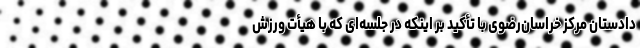
دادستان مرکز خراسان‌رضوی با تأکید بر اینکه در جلسه‌ای که با هیأت ورزش